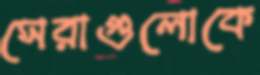
সেরাগুলোকে